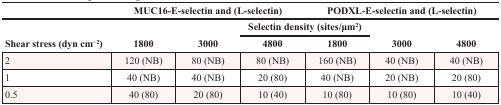
|  | <COLSPAN=3> MUC16-E-selectin and (L-selectin) | <COLSPAN=3> PODXL-E-selectin and (L-selectin) |
 |  | <COLSPAN=6> Selectin density (sites/μm2) |
 | Shear stress (dyn cm−2) | 1800 | 3000 | 4800 | 1800 | 3000 | 4800 |
 | --- | --- | --- | --- | --- | --- | --- |
 | 2 | 120 (NB) | 80 (NB) | 80 (NB) | 160 (NB) | 40 (NB) | 40 (NB) |
 | 1 | 40 (NB) | 40 (NB) | 20 (80) | 40 (NB) | 20 (NB) | 20 (80) |
 | 0.5 | 40 (80) | 20 (80) | 10 (40) | 10 (80) | 10 (80) | 10 (40) |